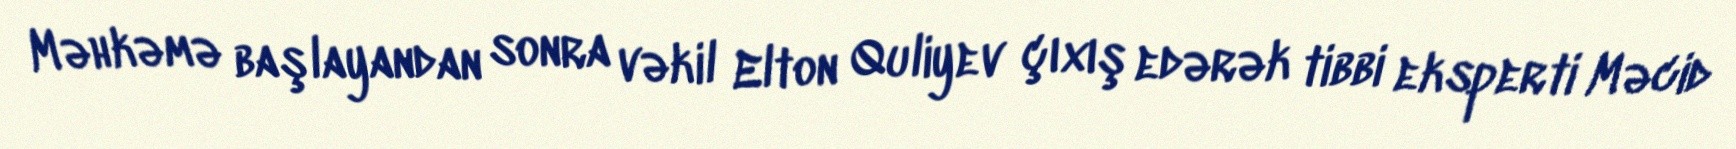
Məhkəmə başlayandan sonra vəkil Elton Quliyev çıxış edərək tibbi eksperti Məcid